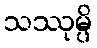
သဿုမ္ပိ